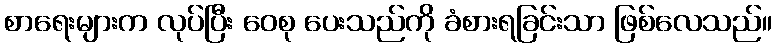
စာရေးများက လုပ်ပြီး ဝေစု ပေးသည်ကို ခံစားရခြင်းသာ ဖြစ်လေသည်။